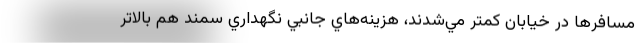
مسافرها در خيابان كمتر مي‌شدند، هزينه‌هاي جانبي نگهداري سمند هم بالاتر